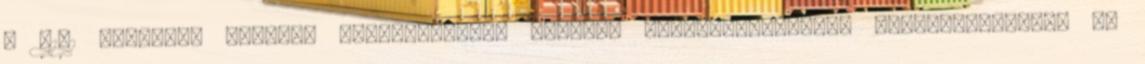
a H1N1 vírussal szemben kifejlesztett furcsa, egészségkárosító ,,védőoltások", no